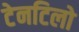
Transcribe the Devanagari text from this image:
टेनटिलो